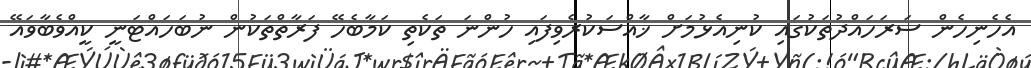
އެހެނިހެން ސަރަހައްދުތަކުގައި ކުނިއެޅުމަށް ޚާއްސަކުރެވިފައި ހުންނަ ތަކެތި ކަމާބެހޭ ފަރާތްތަކުން ނުބަހައްޓަނީ ކީއްވެބާވައޭ